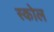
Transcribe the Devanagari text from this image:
स्कोल